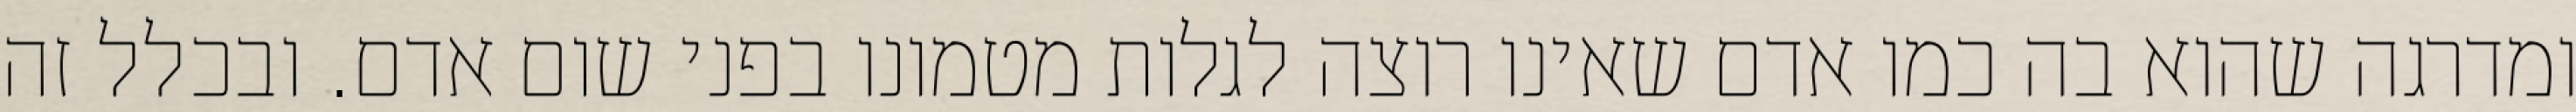
ומדרגה שהוא בה כמו אדם שאינו רוצה לגלות מטמונו בפני שום אדם. ובכלל זה